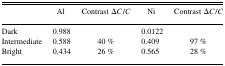
<table><thead><tr><td></td><td><b>Al</b></td><td><b>Contrast Δ<i>C/C</i></b></td><td><b>Ni</b></td><td><b>Contrast Δ<i>C/C</i></b></td></tr></thead><tbody><tr><td>Dark</td><td>0.988</td><td></td><td>0.0122</td><td></td></tr><tr><td>Intermediate</td><td>0.588</td><td>40%</td><td>0.409</td><td>97%</td></tr><tr><td>Bright</td><td>0.434</td><td>26%</td><td>0.565</td><td>28%</td></tr></tbody></table>